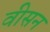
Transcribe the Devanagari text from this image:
वीसन